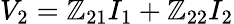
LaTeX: V_{2}=\mathbb{Z}_{21}I_{1}+\mathbb{Z}_{22}I_{2}